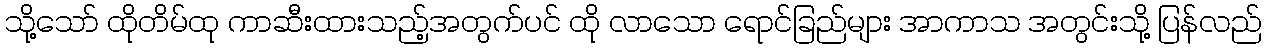
သို့သော် ထိုတိမ်ထု ကာဆီးထားသည့်အတွက်ပင် ထို လာသော ရောင်ခြည်များ အာကာသ အတွင်းသို့ ပြန်လည်